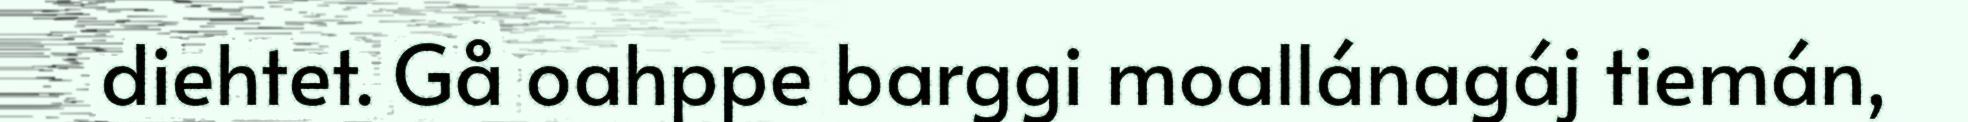
diehtet. Gå oahppe barggi moallánagáj tiemán,